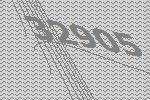
32905